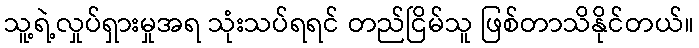
သူ့ရဲ့လှုပ်ရှားမှုအရ သုံးသပ်ရရင် တည်ငြိမ်သူ ဖြစ်တာသိနိုင်တယ်။